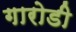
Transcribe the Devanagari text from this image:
गारोडी